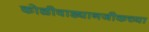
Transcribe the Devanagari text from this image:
कोळीवाड्यानजीकच्या